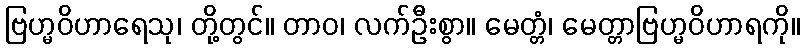
ဗြဟ္မဝိဟာရေသု၊ တို့တွင်။ တာဝ၊ လက်ဦးစွာ။ မေတ္တံ၊ မေတ္တာဗြဟ္မဝိဟာရကို။